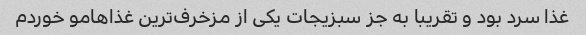
غذا سرد بود و تقریبا به جز سبزیجات یکی از مزخرف‌ترین غذاهامو خوردم